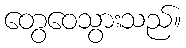
တွေဝေသွားသည်။